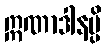
ဣဏာဒါနမ္ပိ